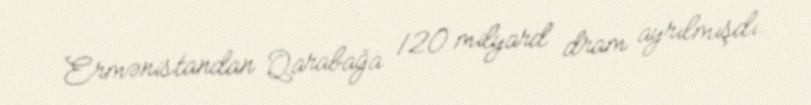
Ermənistandan Qarabağa 120 milyard dram ayrılmışdı.